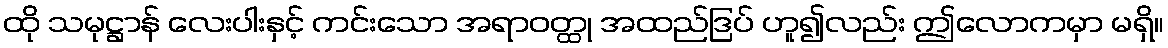
ထို သမုဋ္ဌာန် လေးပါးနှင့် ကင်းသော အရာဝတ္ထု အထည်ဒြပ် ဟူ၍လည်း ဤလောကမှာ မရှိ။